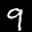
Label: 9